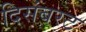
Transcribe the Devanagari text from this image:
दिसंबरट